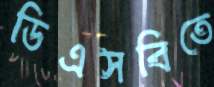
ডিএসবিতে